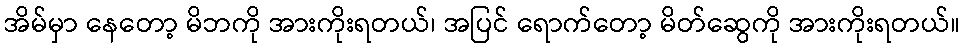
အိမ်မှာ နေတော့ မိဘကို အားကိုးရတယ်၊ အပြင် ရောက်တော့ မိတ်ဆွေကို အားကိုးရတယ်။